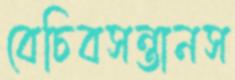
বেচিবসন্তানস